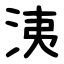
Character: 洟